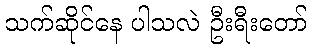
သက်ဆိုင်နေ ပါသလဲ ဦးရီးတော်